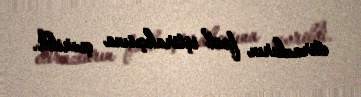
etirazların fəal iştirakçısına çevrildi.